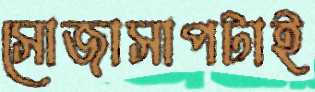
সোজাসাপটাই